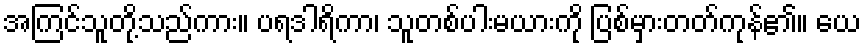
အကြင်သူတို့သည်ကား။ ပရဒါရိကာ၊ သူတစ်ပါးမယားကို ပြစ်မှားတတ်ကုန်၏။ ယေ